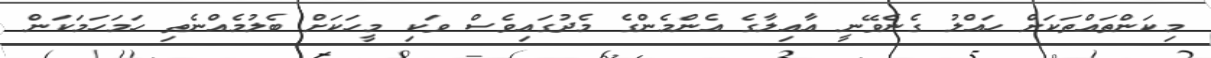
މިކަންތައްތަކަށް ހައްލު ގެނެވޭނީ އާއިލާގެ އެންމެންގެ މެދުގައިވެސް ވަކި މީހަކަށް ބެލުމެއްނެތި ހަމަހަމަކަން